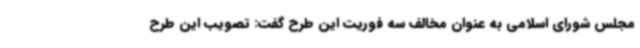
مجلس شورای اسلامی به عنوان مخالف سه فوریت این طرح گفت: تصویب این طرح